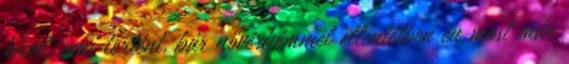
kívül, ami történt, bár nővérkémmel ellentétben én most már